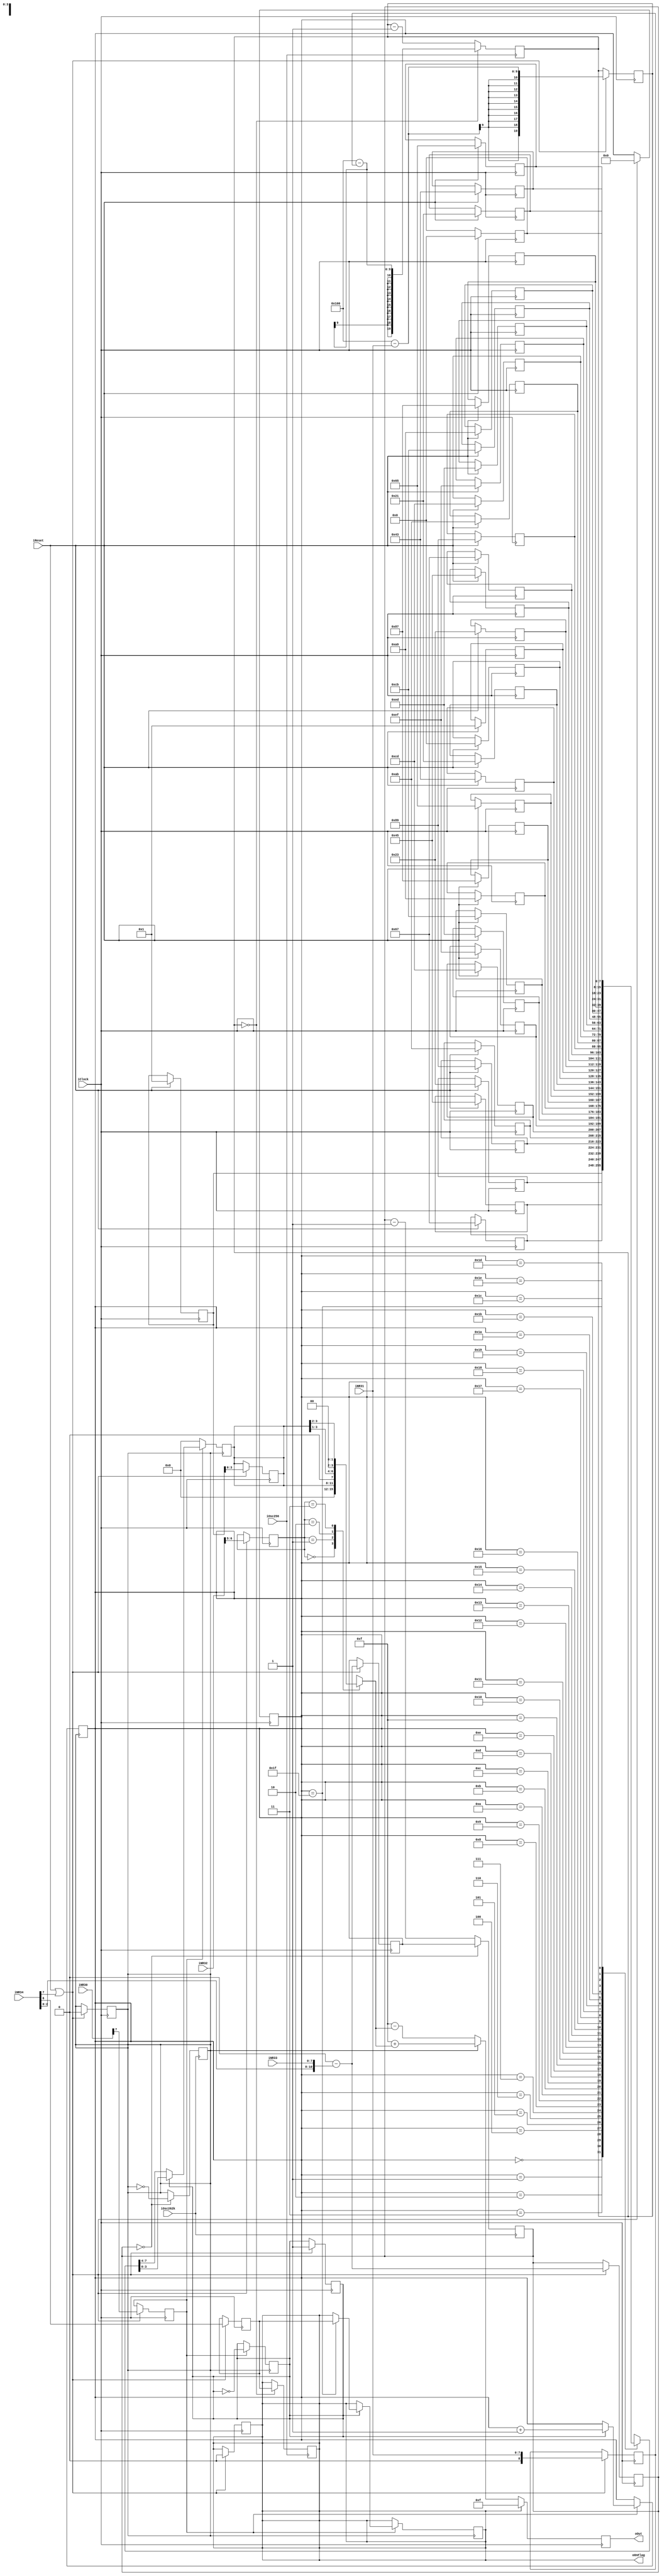
////////////////////////////////////////////////////////////////////////////////////
//
// pGB, yet another FPGA fully functional and super fun GB classic clone!
// Copyright (C) 2015-2016  Diego Valverde (diego.valverde.g@gmail.com)
//
// This program is free software; you can redistribute it and/or
// modify it under the terms of the GNU General Public License
// as published by the Free Software Foundation; either version 2
// of the License, or (at your option) any later version.
//
// This program is distributed in the hope that it will be useful,
// but WITHOUT ANY WARRANTY; without even the implied warranty of
// MERCHANTABILITY or FITNESS FOR A PARTICULAR PURPOSE.  See the
// GNU General Public License for more details.
//
// You should have received a copy of the GNU General Public License
// along with this program; if not, write to the Free Software
// Foundation, Inc., 51 Franklin Street, Fifth Floor, Boston, MA  02110-1301, USA.
//
////////////////////////////////////////////////////////////////////////////////////
// Sound module, channel 3. Squate waves with variable timmer, configurable frequency and envelope functions.
////////////////////////////////////////////////////////////////////////////////////


module SoundCtrlChannel3 //parameters
  (
    input wire		iClock,			//CPU CLOCK, 4194304Hz
    input wire		iReset,
	input wire		iOsc256,		//OSC1 clock 256Hz    
    input wire		iOsc262k,		//OSC2 clock 131072Hz

    input wire [7:0] iNR30,
    input wire [7:0] iNR31,
    input wire [7:0] iNR32,
    input wire [7:0] iNR33,
    input wire [7:0] iNR34,

    output reg [4:0]	oOut, 
    output wire oOnFlag
  );


	reg [8:0] rLength;
 	reg [19:0] rLengthCounter;	
	reg rTimedMode;
 	reg rLengthComplete; 	// Channe disable.

	reg rTone;
	reg [10:0] rSoundFrequency;
	reg [10:0] rSoundFrequencyCounter;

	reg rChannelEnable;
	reg [1:0] rOutLevel;
	reg [3:0] rStep;
	reg [3:0] rStepScaled;

 	wire [4:0] up_value, down_value;

 	reg [4:0] rWaveRamIndex;
	reg rWaveRamHnL;

	reg [7:0] iWaveRam [0:31]; // Wave samples Ram 64 samples of 4 bits

	// triangular waveform
	///*
	always @ (posedge iClock) begin
		if (iReset) begin
			iWaveRam[0]=8'h01;
			iWaveRam[1]=8'h23;
			iWaveRam[2]=8'h45;
			iWaveRam[3]=8'h67;
			iWaveRam[4]=8'h89;
			iWaveRam[5]=8'hAB;
			iWaveRam[6]=8'hCD;
			iWaveRam[7]=8'hEF;
			iWaveRam[8]=8'hED;
			iWaveRam[9]=8'hCB;
			iWaveRam[10]=8'hA9;
			iWaveRam[11]=8'h87;
			iWaveRam[12]=8'h65;
			iWaveRam[13]=8'h43;
			iWaveRam[14]=8'h21;
			iWaveRam[15]=8'h00;
			iWaveRam[16]=8'h01;
			iWaveRam[17]=8'h23;
			iWaveRam[18]=8'h45;
			iWaveRam[19]=8'h67;
			iWaveRam[20]=8'h89;
			iWaveRam[21]=8'hAB;
			iWaveRam[22]=8'hCD;
			iWaveRam[23]=8'hEF;
			iWaveRam[24]=8'hED;
			iWaveRam[25]=8'hCB;
			iWaveRam[26]=8'hA9;
			iWaveRam[27]=8'h87;
			iWaveRam[28]=8'h65;
			iWaveRam[29]=8'h43;
			iWaveRam[30]=8'h21;
			iWaveRam[31]=8'h00;
		end
	end
	//*/

	// sawtooth waveform
	/*
	always @ (posedge iClock) begin
		if (iReset) begin
			iWaveRam[0]=8'hFE;
			iWaveRam[1]=8'hDC;
			iWaveRam[2]=8'hBA;
			iWaveRam[3]=8'h98;
			iWaveRam[4]=8'h76;
			iWaveRam[5]=8'h54;
			iWaveRam[6]=8'h32;
			iWaveRam[7]=8'h10;
			iWaveRam[8]=8'hFE;
			iWaveRam[9]=8'hDC;
			iWaveRam[10]=8'hBA;
			iWaveRam[11]=8'h98;
			iWaveRam[12]=8'h76;
			iWaveRam[13]=8'h54;
			iWaveRam[14]=8'h32;
			iWaveRam[15]=8'h10;
			iWaveRam[16]=8'hFE;
			iWaveRam[17]=8'hDC;
			iWaveRam[18]=8'hBA;
			iWaveRam[19]=8'h98;
			iWaveRam[20]=8'h76;
			iWaveRam[21]=8'h54;
			iWaveRam[22]=8'h32;
			iWaveRam[23]=8'h10;
			iWaveRam[24]=8'hFE;
			iWaveRam[25]=8'hDC;
			iWaveRam[26]=8'hBA;
			iWaveRam[27]=8'h98;
			iWaveRam[28]=8'h76;
			iWaveRam[29]=8'h54;
			iWaveRam[30]=8'h32;
			iWaveRam[31]=8'h10;			
		end
	end
	*/
 	
 	// register load
	always @(posedge iClock) begin
		if (iReset || iNR34[7]) begin // Register reload and counters restart.

			rChannelEnable	<= iNR30[7];

			rLength 		<= iNR31[7:0];
			rLengthCounter 	<= 256 - iNR31[7:0]; 	// Decrements to zero then load rLength.
			rLengthComplete <= 0;			// Disables channel when is asserted.

			rTimedMode 		<= iNR34[6];

			rOutLevel		<= iNR32[6:5];
			rStep			<= iWaveRam[0][3:0];
			rWaveRamIndex	<= 0;
			rWaveRamHnL		<= 1; // Indicates if low or high part have been read.

			rTone 			<= 0;
			rSoundFrequency[10:0] <= 2048-{iNR34[2:0],iNR33[7:0]};
			rSoundFrequencyCounter <= 2048-{iNR34[2:0],iNR33[7:0]}; 

		end
	end

	// wave ram reader
	always @ (posedge rTone) begin
		if (rChannelEnable) begin
			if (~rWaveRamHnL) begin	
				rStep <= iWaveRam[rWaveRamIndex][7:4];
				rWaveRamHnL <= ~rWaveRamHnL;
			end
			else begin
				rStep <= iWaveRam[rWaveRamIndex][3:0];
				rWaveRamHnL <= ~rWaveRamHnL;
				
				if (rWaveRamIndex == 5'd31) begin
					rWaveRamIndex <= rWaveRamIndex+1;
					rLengthComplete <= rTimedMode;			
				end
				else begin
					rWaveRamIndex <= rWaveRamIndex+1;
				end
			end
		end
		else begin
			rStep <= 4'b0;
		end	
	end

	// tone gen: generates the frecuency of the output.
	always @(posedge iOsc262k) begin
		if (rSoundFrequencyCounter ==0) begin
			rSoundFrequencyCounter <= rSoundFrequency;
			rTone <= ~rTone;
		end
		else begin
			rSoundFrequencyCounter <= rSoundFrequencyCounter-1;
		end
	end


	// timmer: enable or disable channel output.
	always @(posedge iOsc256) begin
		if (rLengthCounter == 0) begin
			rLengthCounter <= 256-rLength;
			rLengthComplete <= rTimedMode; // Disable channel only if timmer is enabled.
		end
		else begin
			rLengthCounter <= rLengthCounter-1;
		end
	end

	//re-map mux
	assign up_value = 5'd15 + rStepScaled;
	assign down_value = 5'd15 - rStepScaled;

	always @(posedge iClock) begin
		if (rLengthComplete) begin
			oOut[4:0] <= 5'd15;
		end
		else begin
			if (rTone) begin
				oOut[4:0] <= up_value[4:0];
			end
			else begin
				oOut[4:0] <= down_value[4:0];
			end
		end
	end


	// output level manager
	always @ (rOutLevel or rStep) begin
		case (rOutLevel[1:0])
			2'd0: rStepScaled = 0;
			2'd1: rStepScaled = rStep;
			2'd2: rStepScaled = rStep >> 1;
			2'd3: rStepScaled = rStep >> 2;
		endcase
	end

assign oOnFlag = rLengthComplete;

endmodule